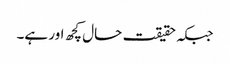
جبکہ حقیقت حال کچھ اور ہے۔